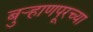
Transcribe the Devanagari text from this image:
बुऱ्हाणपूरच्या